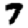
Digit: 7